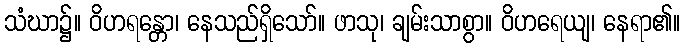
သံဃာ၌။ ဝိဟရန္တော၊ နေသည်ရှိသော်။ ဖာသု၊ ချမ်းသာစွာ။ ဝိဟရေယျ၊ နေရာ၏။